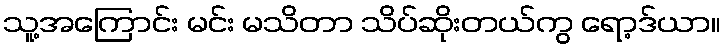
သူ့အကြောင်း မင်း မသိတာ သိပ်ဆိုးတယ်ကွ ရော့ဒ်ယာ။